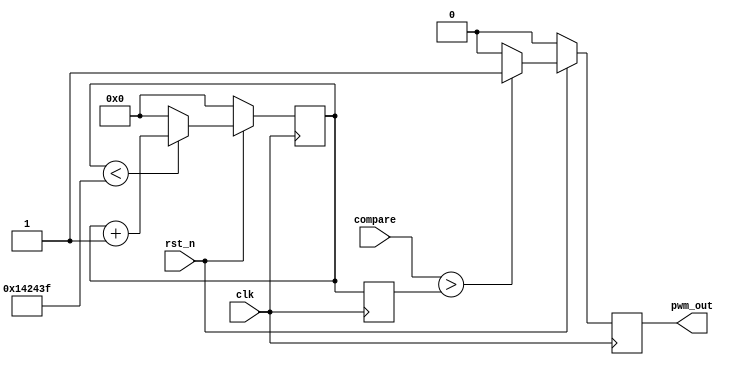
// =============================================================================
//  HITwh Hypothetic MIPS Team :: Hypothetic SoC IoT
//   _    _                   _____  ____   _____            _____   _______ 
//  | |  | |                 / ____|/ __ \ / ____|          |_   _| |__   __|
//  | |__| |_   _ _ __   ___| (___ | |  | | |       ______    | |  ___ | |   
//  |  __  | | | | '_ \ / _ \\___ \| |  | | |      |______|   | | / _ \| |   
//  | |  | | |_| | |_) | (_) |___) | |__| | |____            _| || (_) | |   
//  |_|  |_|\__, | .__/ \___/_____/ \____/ \_____|          |_____\___/|_|   
//           __/ | |                                                         
//          |___/|_|                                                         
 
//  Code And Concept By HITwh Hypothetic MIPS Team
//  https://github.com/hitwh-nscscc
 
// =============================================================================
// Module PWM
//  For 66Mhz - a 50Hz PWM signal is 1,320,000 counter.
//  counter = 0.02 * freq
module PWM (
	input clk,
	input rst_n,
	input [31:0] compare,
	output pwm_out
);
	reg [31:0] counter;
    reg [31:0] counter_syn;
	reg pwm_d;
	
	assign pwm_out = pwm_d;
	
	always@(posedge clk) begin
        // reset
		if(!rst_n) counter <= 0;
        // keep counting until 1,320,000
		else if(counter < 32'd1_319_999) counter <= counter + 1;
        // at last reset the counter.
		else counter <= 0;
	end

    always@(posedge clk) begin
        counter_syn <= counter;
	end
	
    // PWM standard.
	always@(posedge clk) begin
		if(!rst_n) pwm_d <= 0;
		else if(compare > counter_syn)
			pwm_d <= 1;
		else
			pwm_d <= 0;
	end

endmodule